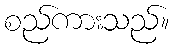
စည်ကားသည်။